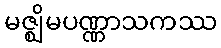
မဇ္ဈိမပဏ္ဏာသကဿ